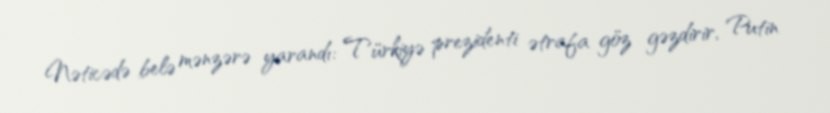
Nəticədə belə mənzərə yarandı: Türkiyə prezidenti ətrafa göz gəzdirir, Putin